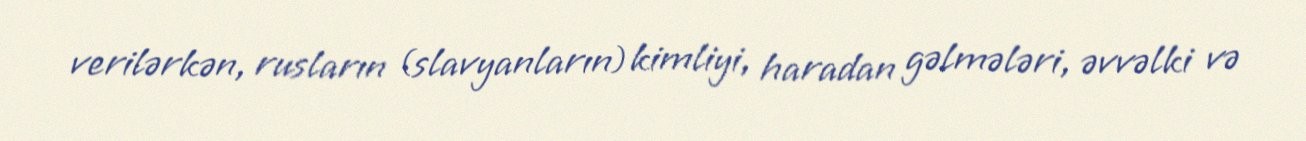
verilərkən, rusların (slavyanların) kimliyi, haradan gəlmələri, əvvəlki və